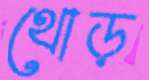
থোড়